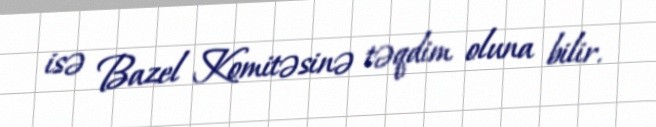
isə Bazel Komitəsinə təqdim oluna bilir.